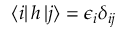
\langle i | \, h \, | j \rangle = \epsilon _ { i } \delta _ { i j }